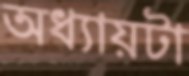
অধ্যায়টা